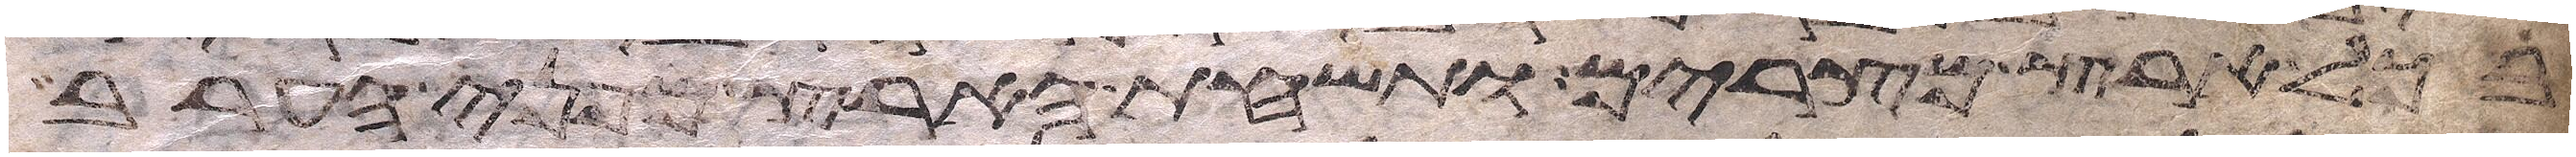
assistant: בכל ארץ מצרים ותשחת הארץ מפני הערב